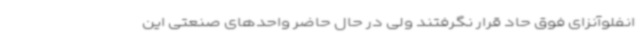
انفلوآنزای فوق حاد قرار نگرفتند ولی در حال حاضر واحدهای صنعتی این